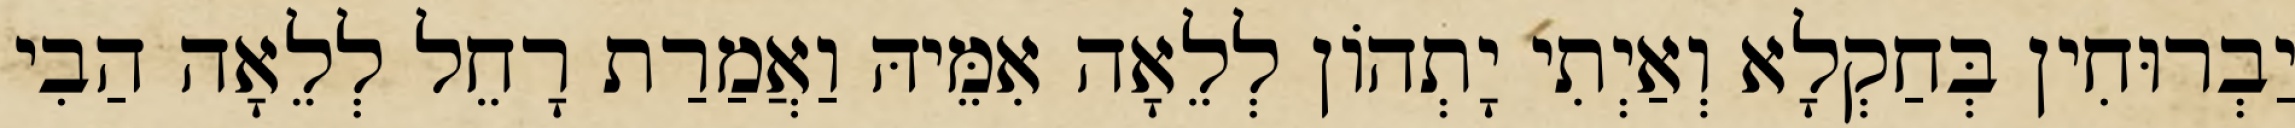
יַבְרוּחִין בְּחַקְלָא וְאַיְתִי יָתְהוֹן לְלֵאָה אִמֵּיהּ וַאֲמַרַת רָחֵל לְלֵאָה הַבִי